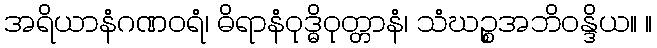
အရိယာနံဂဏဝရံ၊ ဓိရာနံဝုဒ္ဓိဝုတ္တာနံ၊ သံဃဉ္စအဘိဝန္ဒိယ။ ။